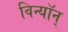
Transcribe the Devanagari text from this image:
विन्यॉन्